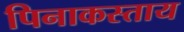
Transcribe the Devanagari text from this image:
पिनाकस्ताय